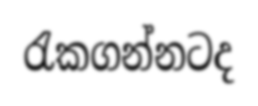
රැකගන්නටද